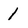
Character: 1